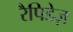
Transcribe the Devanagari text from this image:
रैपिडेज़